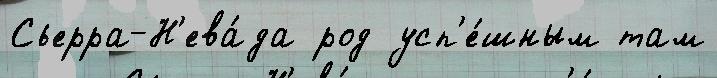
Сьерра-Н'ева́да род усп'е́шным там